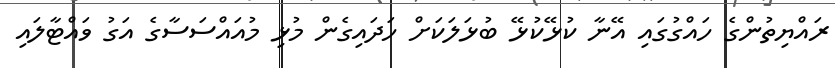
ރައްޔިތުންގެ ހައްގުގައި އޭނާ ކުޅޭކުޅޭ ބުޅަލަކަށް ހަދައިގެން މުޅި މުއައްސަސާގެ އަގު ވައްޓާލައި